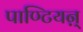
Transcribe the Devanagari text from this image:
पाण्टियऩ्